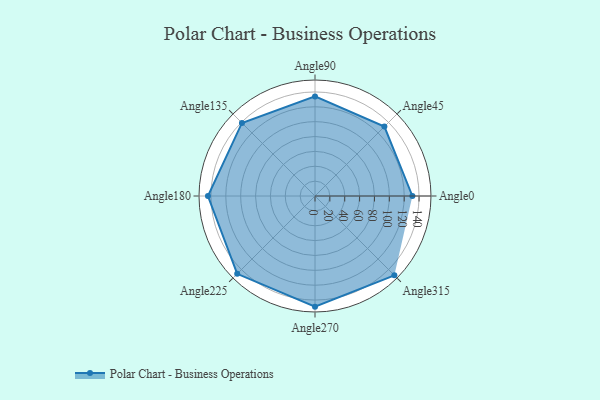
{"axis": {"x": "Angle", "y": "Radius"}, "legend": [""], "data": [{"x": "Angle0", "y": 131.0, "type": ""}, {"x": "Angle45", "y": 132.0, "type": ""}, {"x": "Angle90", "y": 134.0, "type": ""}, {"x": "Angle135", "y": 139.0, "type": ""}, {"x": "Angle180", "y": 144.0, "type": ""}, {"x": "Angle225", "y": 148.0, "type": ""}, {"x": "Angle270", "y": 149.0, "type": ""}, {"x": "Angle315", "y": 151.0, "type": ""}]}